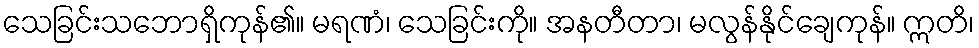
သေခြင်းသဘောရှိကုန်၏။ မရဏံ၊ သေခြင်းကို။ အနတီတာ၊ မလွန်နိုင်ချေကုန်။ ဣတိ၊